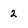
Character: 2